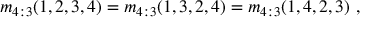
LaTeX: m _ { 4 : 3 } ( 1 , 2 , 3 , 4 ) = m _ { 4 : 3 } ( 1 , 3 , 2 , 4 ) = m _ { 4 : 3 } ( 1 , 4 , 2 , 3 ) \ ,